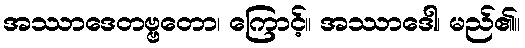
အဿာဒေတဗ္ဗတော၊ ကြောင့်။ အဿာဒေါ၊ မည်၏။